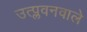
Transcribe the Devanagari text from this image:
उत्प्लवनवाले